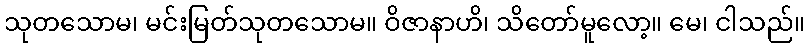
သုတသောမ၊ မင်းမြတ်သုတသောမ။ ဝိဇာနာဟိ၊ သိတော်မူလော့။ မေ၊ ငါသည်။